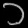
Digit: ၁